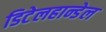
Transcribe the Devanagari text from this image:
डिटेलहान्डेल